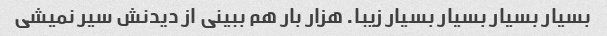
بسیار بسیار بسیار بسیار زیبا. هزار بار هم ببینی از دیدنش سیر نمیشی